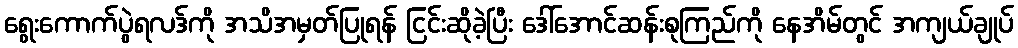
ရွေးကောက်ပွဲရလဒ်ကို အသိအမှတ်ပြုရန် ငြင်းဆိုခဲ့ပြီး ဒေါ်အောင်ဆန်းစုကြည်ကို နေအိမ်တွင် အကျယ်ချုပ်